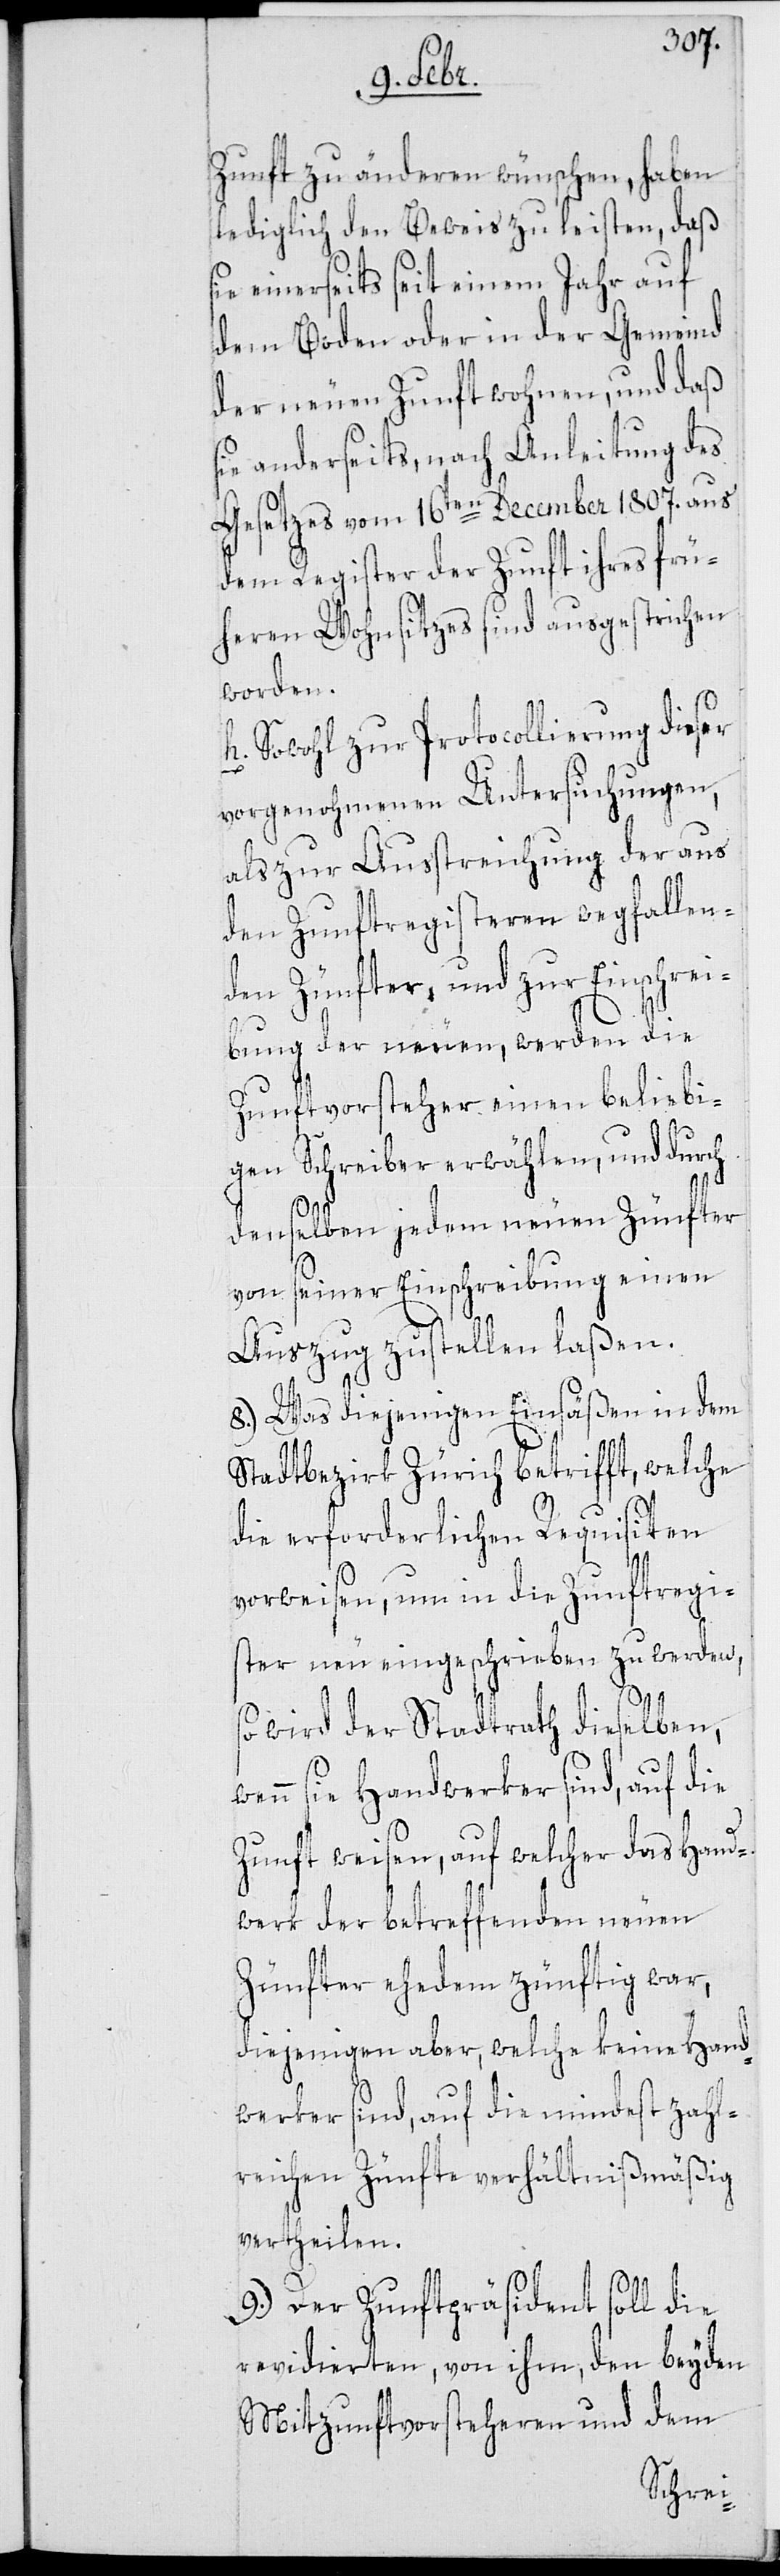
Zunft zu änderen wünschen, haben
lediglich den Beweis zu leisten, daß
einerseits seit einem Jahr auf
dem Boden oder in der Gemeind
der neuen Zunft wohnen, und daß
sie anderseits, nach Anleitung des
Gesetzes vom 16ten December 1807. aus
dem Register der Zunft ihres frü¬
heren Wohnsitzes sind ausgestrichen
worden.
h. Sowohl zur Protocollierung dieser
vorgenohmenen Untersuchungen,
als zur Ausstreichung der aus
den Zunftregisteren wegfallen¬
den Zünfter, und zur Einschrei¬
bung der neuen, werden die
Zunftvorsteher einen beliebi¬
gen Schreiber erwählen, und durch
denselben jedem neuen Zünfter
von seiner Einschreibung einen
Auszug zustellen laßen.
8.) Was diejenigen Einsäßen in dem
Stadtbezirk Zürich betrifft, welche
die erforderlichen Requisiten
vorweisen, um in die Zunftregi¬
ster neu eingeschrieben zu werden,
so wird der Stadtrath dieselben,
wenn sie Handwerker sind, auf die
Zunft weisen, auf welcher das Hand¬
werk der betreffenden neuen
Zünfter ehedem zünftig war,
diejenigen aber, welche keine Hand¬
werker sind, auf die mindest zahl¬
reichen Zünfte verhältnißmäßig
vertheilen.
9.) Der Zunftpräsident soll die
revidierten, von ihm, den beyden
Mitzunftvorsteheren und dem